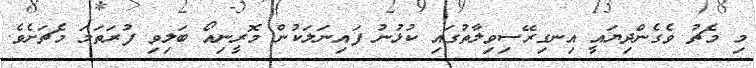
މި މެޗު ވެގެންދިޔައީ އިނގިރޭސިވިލާތުގައި ކުޅުނު ފައިނަލަކުން މޮރީނިއޯ ބަލިވި ފުރަތަމަ މެޗަށެވެ.